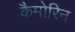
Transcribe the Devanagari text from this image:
कैमोरिन